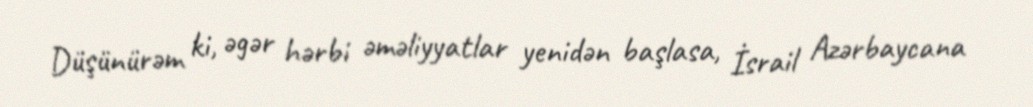
Düşünürəm ki, əgər hərbi əməliyyatlar yenidən başlasa, İsrail Azərbaycana